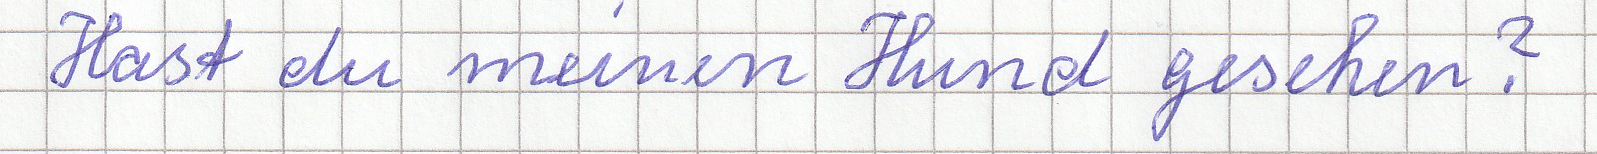
Hast du meinen Hund gesehen?